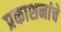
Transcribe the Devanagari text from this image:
प्रकाशनांचे